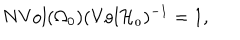
N \mathrm { V o l } ( \Omega _ { 0 } ) ( \mathrm { V o l } { \cal H _ { 0 } } ) ^ { - 1 } = 1 ,